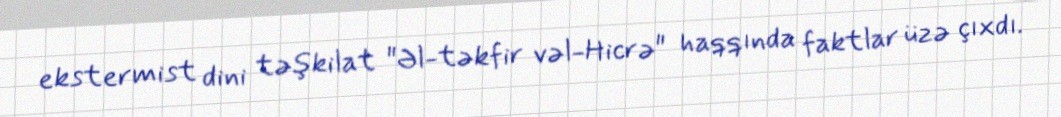
ekstermist dini təşkilat "Əl-təkfir vəl-Hicrə" haqqında faktlar üzə çıxdı.